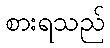
စားရသည်